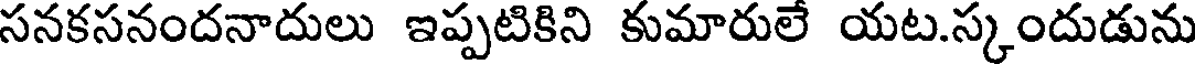
సనకసనందనాదులు ఇప్పటికిని కుమారులే యట.స్కందుడును